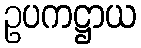
ဥပကဋ္ဌာယ